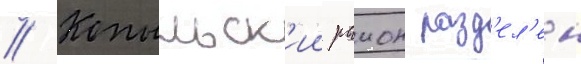
// Копыльск'ии раион разд'ел'ен